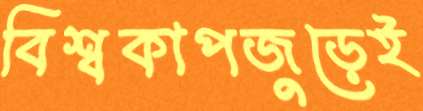
বিশ্বকাপজুড়েই